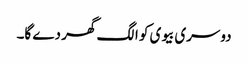
دوسری بیوی کو الگ گھر دے گا۔